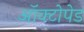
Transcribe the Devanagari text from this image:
ऑक्टोपेड